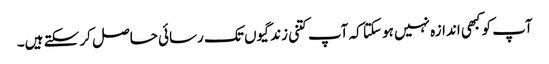
آپ کو کبھی اندازہ نہیں ہو سکتا کہ آپ کتنی زندگیوں تک رسائی حاصل کر سکتے ہیں۔